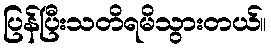
ပြန်ပြီးသတိရမိသွားတယ်။